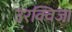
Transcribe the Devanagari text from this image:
उरक्विजा